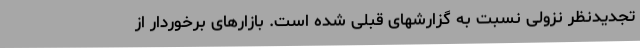
تجدیدنظر نزولی نسبت به گزارشهای قبلی شده است. بازارهای برخوردار از